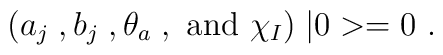
( a_j\; , b_j\; , \theta_a\; ,\ {\rm  and }  \   \chi_I)\; \vert 0>  = 0\ .